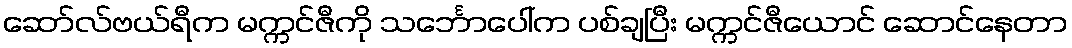
ဆော်လ်ဗယ်ရီက မက္ကင်ဇီကို သင်္ဘောပေါ်က ပစ်ချပြီး မက္ကင်ဇီယောင် ဆောင်နေတာ